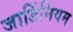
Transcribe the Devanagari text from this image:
जार्डिनियम